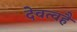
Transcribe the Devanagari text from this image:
देवत्वहै